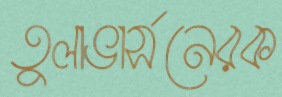
তুলাভার্সনেরক